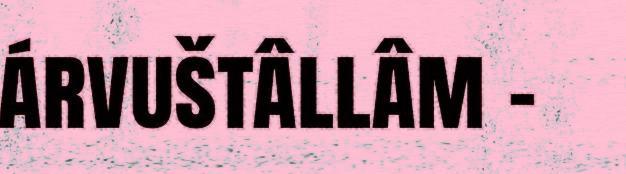
árvuštâllâm -